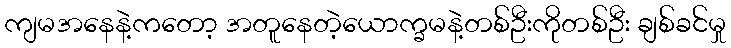
ကျမအနေနဲ့ကတော့ အတူနေတဲ့ယောက္ခမနဲ့တစ်ဦးကိုတစ်ဦး ချစ်ခင်မှု